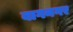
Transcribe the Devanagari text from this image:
बागनगर